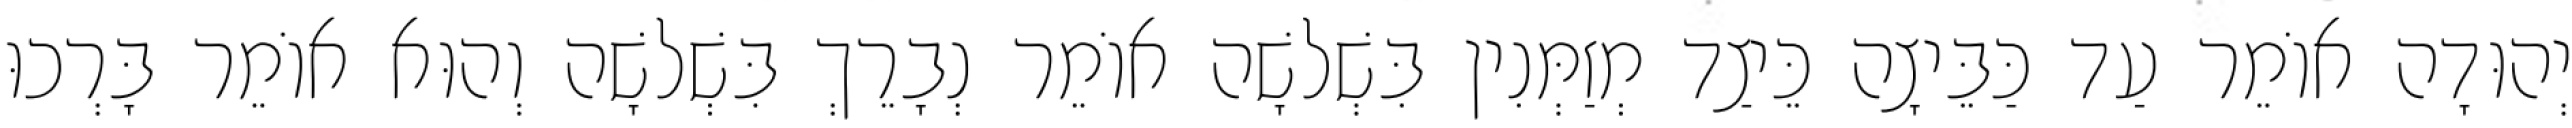
יְהוּדָה אוֹמֵר עַד כַּבֵּיצָה כֵּיצַד מְזַמְּנִין בִּשְׁלשָׁה אוֹמֵר נְבָרֵךְ בִּשְׁלשָׁה וְהוּא אוֹמֵר בָּרְכוּ